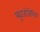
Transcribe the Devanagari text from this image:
फ्यूजोजेनिक